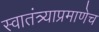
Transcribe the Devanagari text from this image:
स्वातंत्र्याप्रमाणेच